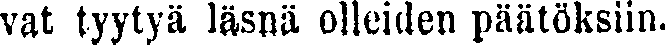
vat tyytyä läsnä olleiden päätöksiin.